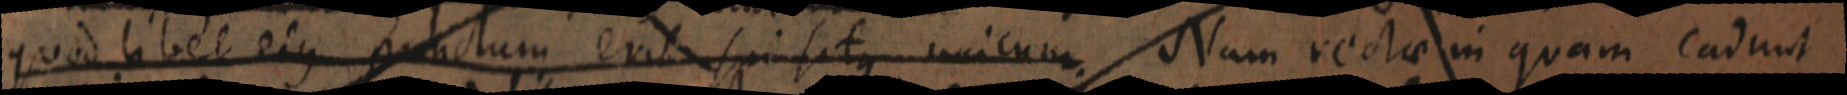
quod libet eius punctum erit sui sitque unicum. Nam rectae in quam cadunt